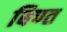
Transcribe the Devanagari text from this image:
बिण्त